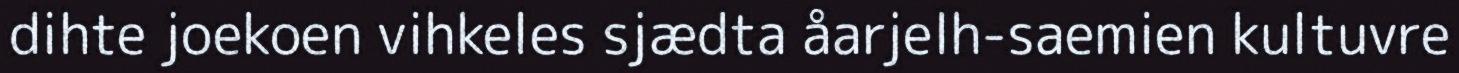
dihte joekoen vihkeles sjædta åarjelh-saemien kultuvre